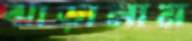
ঝাড়ালাম